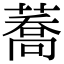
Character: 蕎